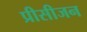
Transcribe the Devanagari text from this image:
प्रीसीजन